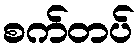
စက်တပ်